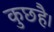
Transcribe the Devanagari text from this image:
कुछहै।